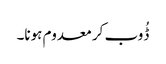
ڈُوب کر معدوم ہونا۔